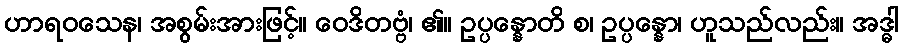
ဟာရဝသေန၊ အစွမ်းအားဖြင့်။ ဝေဒိတဗ္ဗံ၊ ၏။ ဥပ္ပန္နောတိ စ၊ ဥပ္ပန္နော၊ ဟူသည်လည်း။ အဒ္ဓါ